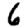
Digit: 6